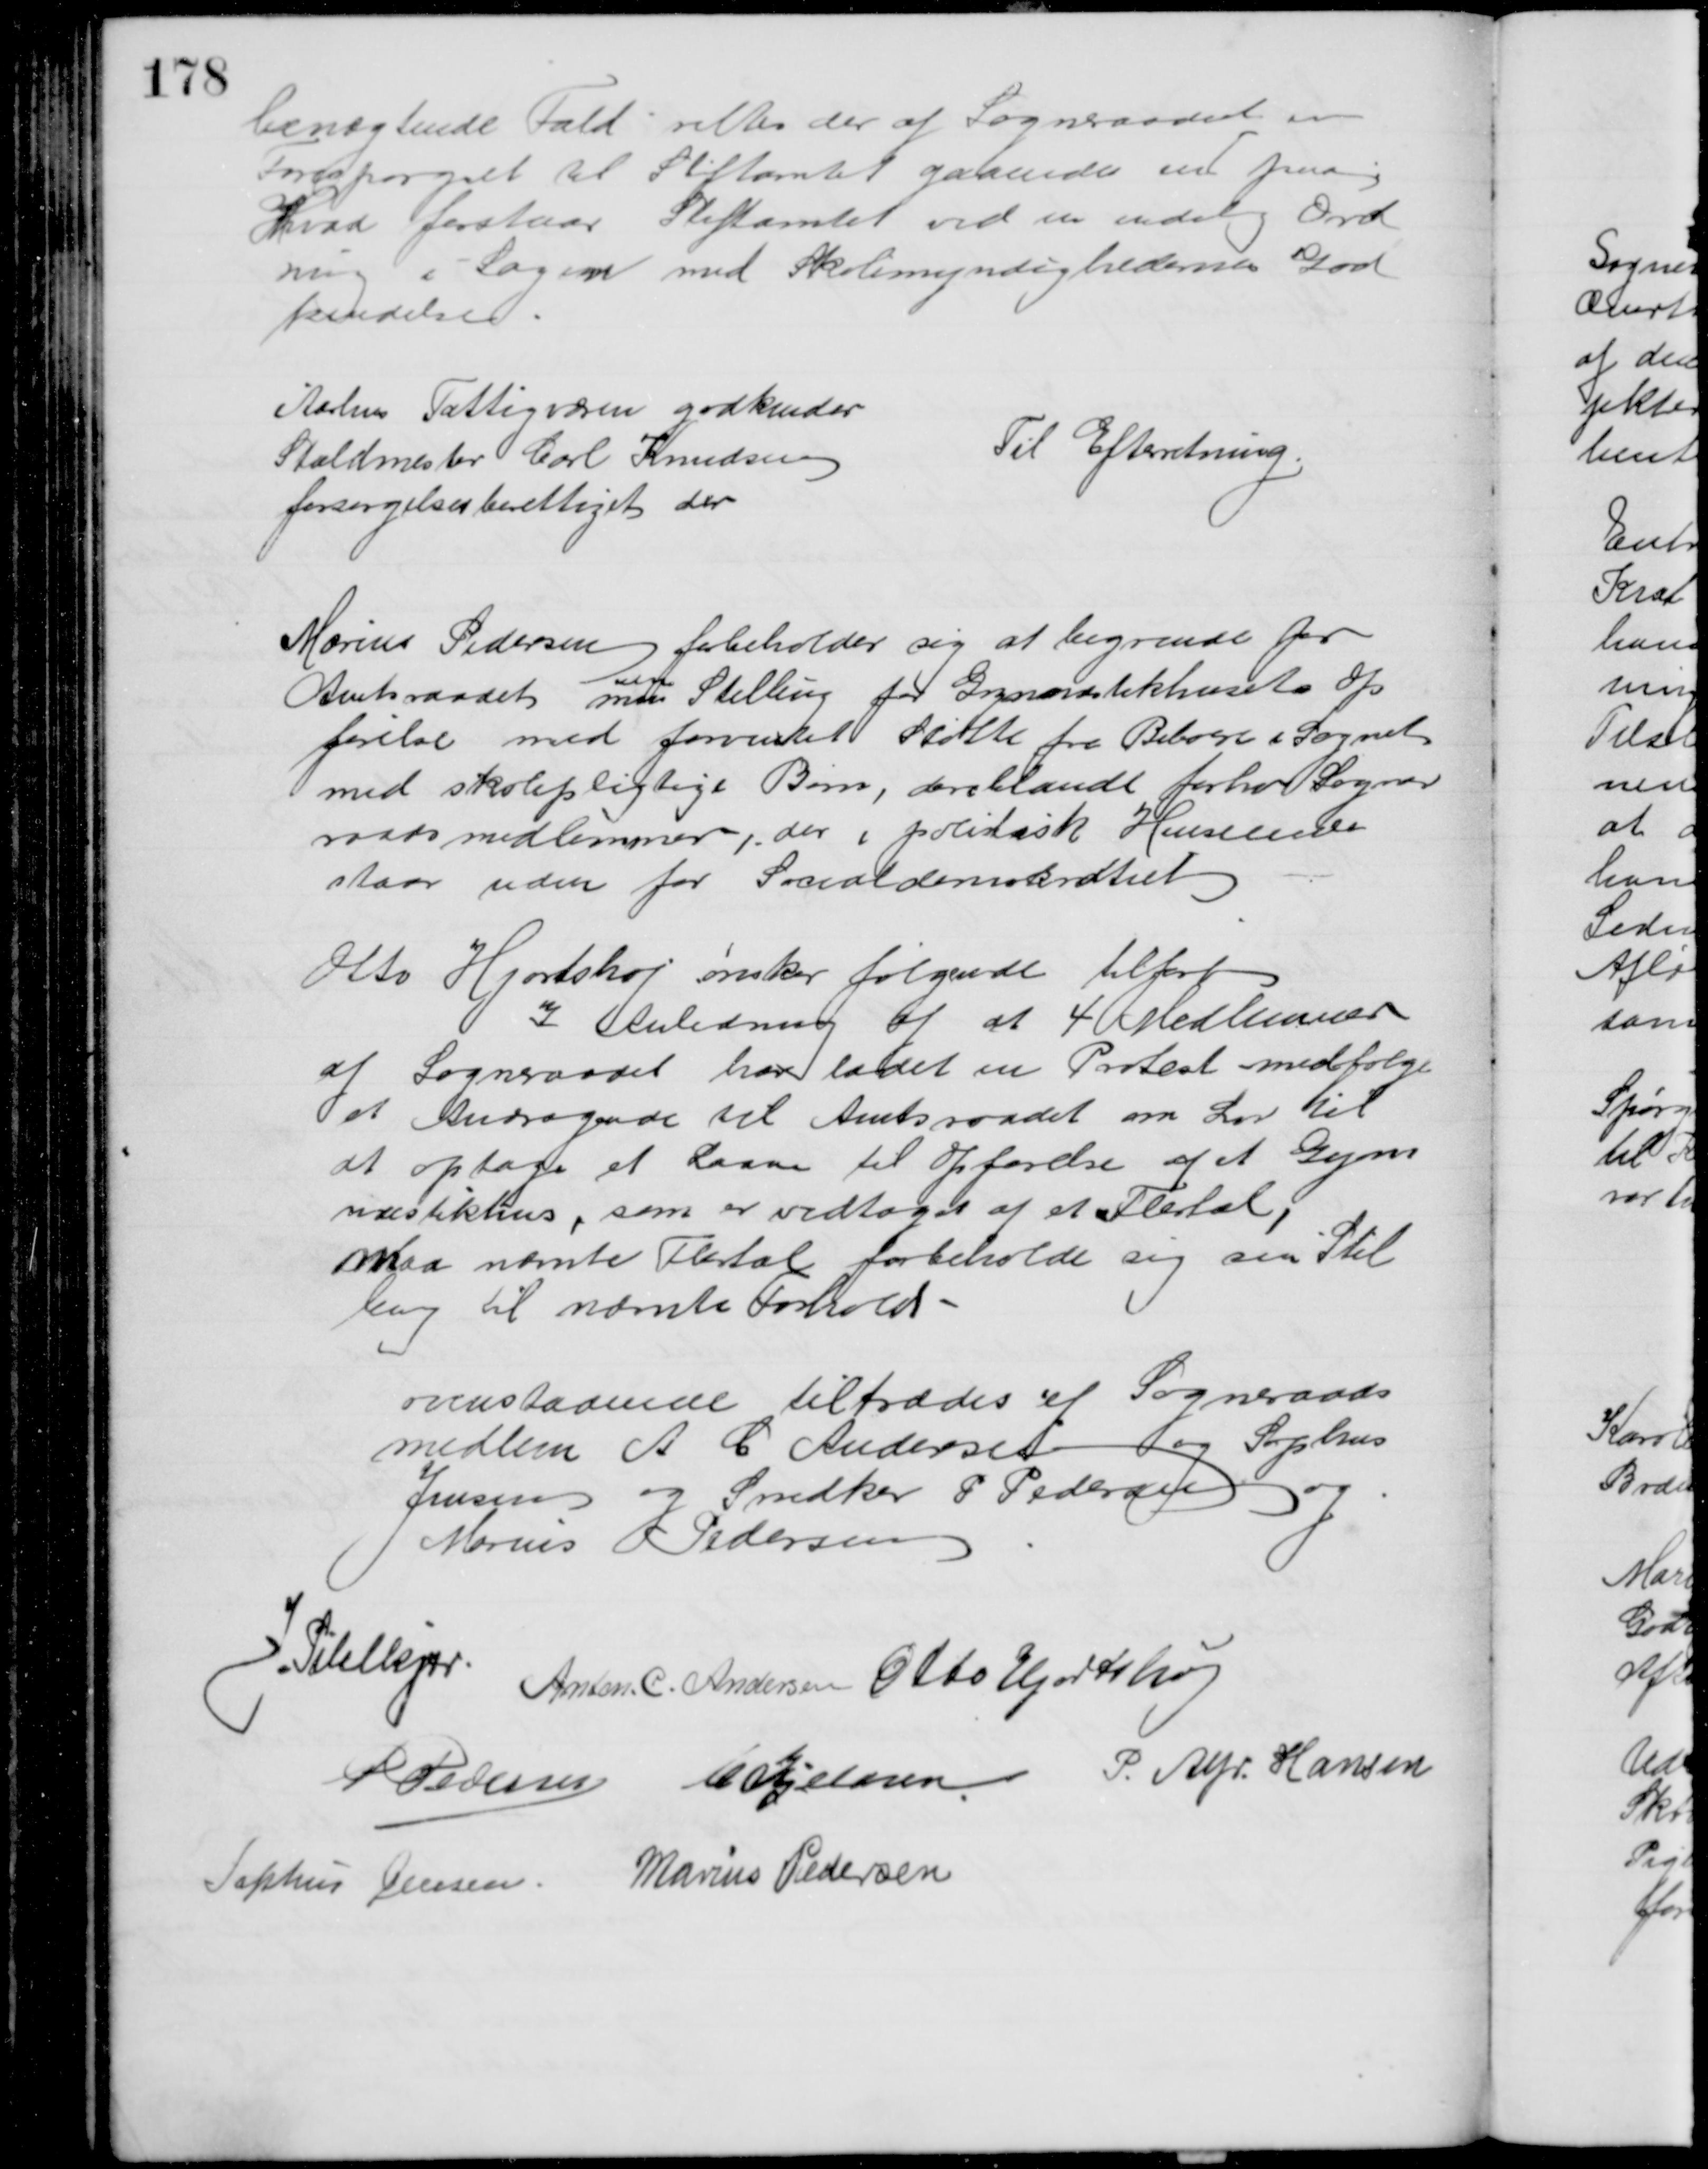
Transskription:
benægtende Fald rettes der af Sogneraadet en
Forespørgsel til Stiftamtet gaaende ud paa
Hvad forstaar Stiftamtet ved en endelig Ord
ning i Sagen med Skolemyndighedernes God
kendelse
Aarhus Fattigvæsen godkender
Staldmester Carl Knudsen
forsørgelsesberettiget der
Til Efterretning
Marius Pedersen forbeholder sig at begrunde for
Amtsraadet min 
sin
Stilling for Gymnastikhusets Op
førelse med forventet Støtte fra Beboere i Sognet 
med skolepligtige Børn, deriblandt forhos Sogner
raadsmedlemmer, der i politisk Henseende
staar uden for Socialdemokratiet
Otto Hjortshøj ønsker følgende tilført
I Anledning af at 4 Medlemmer
af Sogneraadet har ladet en Protest medfølge
et Andragende til Amtsraadet om Lov til 
at optage et Laane til Opførelse af et Gym
nastikhus, som er vedtaget af et Flertal,
maa nævnte Flertal forbeholde sig sin Stil
ling til nævnte Forhold
ovenstaaende tiltrædes af Sogneraads
medlem A C Andersen og Sophus
Jensen og Snedker P Pedersen og
Marius P Pedersen
J. Pihlkjær
Anton. C. Andersen Otto Hjortshøj
P Pedersen C. Kjeldsen P. Alfr. Hansen
Sophus Jensen Marius Pedersen